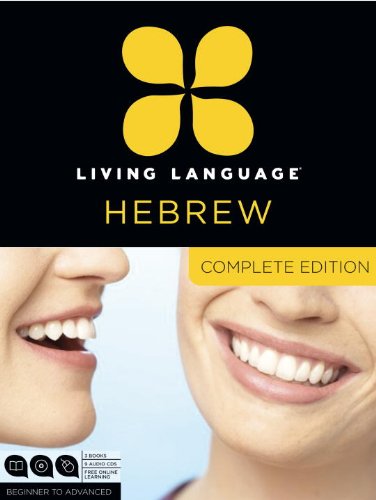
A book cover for Living Language Hebrew, Complete Edition: Beginner through advanced course, including 3 coursebooks, 9 audio CDs, and free online learning; Living Language; Education & Teaching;